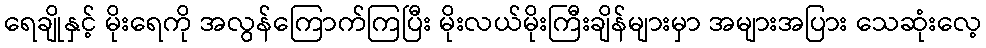
ရေချိုနှင့် မိုးရေကို အလွန်ကြောက်ကြပြီး မိုးလယ်မိုးကြီးချိန်များမှာ အများအပြား သေဆုံးလေ့